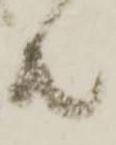
共